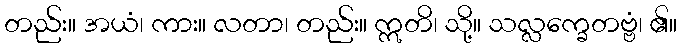
တည်း။ အယံ၊ ကား။ လတာ၊ တည်း။ ဣတိ၊ သို့။ သလ္လက္ခေတဗ္ဗံ၊ ၏။